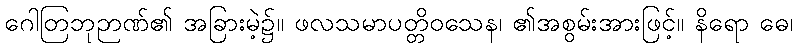
ဂေါတြဘုဉာဏ်၏ အခြားမဲ့၌။ ဖလသမာပတ္တိဝသေန၊ ၏အစွမ်းအားဖြင့်။ နိရော ဓေ၊